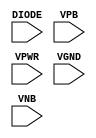
/**
 * Copyright 2020 The SkyWater PDK Authors
 *
 * Licensed under the Apache License, Version 2.0 (the "License");
 * you may not use this file except in compliance with the License.
 * You may obtain a copy of the License at
 *
 *     https://www.apache.org/licenses/LICENSE-2.0
 *
 * Unless required by applicable law or agreed to in writing, software
 * distributed under the License is distributed on an "AS IS" BASIS,
 * WITHOUT WARRANTIES OR CONDITIONS OF ANY KIND, either express or implied.
 * See the License for the specific language governing permissions and
 * limitations under the License.
 *
 * SPDX-License-Identifier: Apache-2.0
 */

`ifndef SKY130_FD_SC_HD__DIODE_PP_SYMBOL_V
`define SKY130_FD_SC_HD__DIODE_PP_SYMBOL_V

/**
 * diode: Antenna tie-down diode.
 *
 * Verilog stub (with power pins) for graphical symbol definition
 * generation.
 *
 * WARNING: This file is autogenerated, do not modify directly!
 */

`timescale 1ns / 1ps
`default_nettype none

(* blackbox *)
module sky130_fd_sc_hd__diode (
    //# {{power|Power}}
    input DIODE,
    input VPB  ,
    input VPWR ,
    input VGND ,
    input VNB
);
endmodule

`default_nettype wire
`endif  // SKY130_FD_SC_HD__DIODE_PP_SYMBOL_V